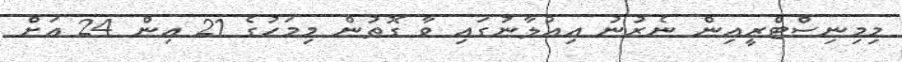
މިމިނިސްޓްރީއިން ނެރުނު އިޢުލާނުގައި ވާ ގޮތުން މިމަހުގެ 21 އިން 24 އަށް